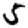
Digit: 5